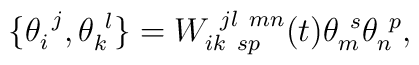
\{\theta _{i}^{~j},\theta _{k}^{~l}\}=W_{ik~sp}^{~jl~mn}(t)\theta _{m}^{~s}\theta _{n}^{~p},